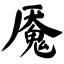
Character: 魇